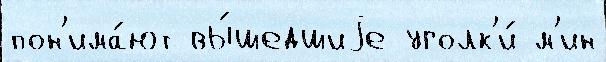
пон'има́ют вы́шедшиjе уголк'и́ м'ин